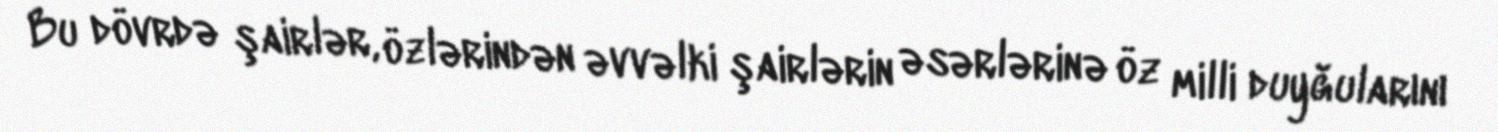
Bu dövrdə şairlər, özlərindən əvvəlki şairlərin əsərlərinə öz milli duyğularını